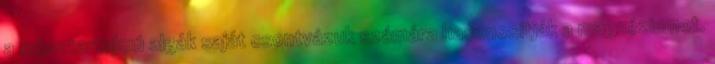
a mésztartalmú algák saját csontvázuk számára hasznosítják a magnéziumot.